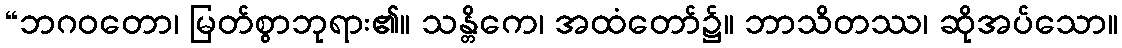
“ဘဂဝတော၊ မြတ်စွာဘုရား၏။ သန္တိကေ၊ အထံတော်၌။ ဘာသိတဿ၊ ဆိုအပ်သော။